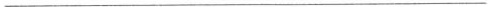
___